Lunatic asylums Central Provinces reports 1895-1909 - 1895-1909
Year: 1895
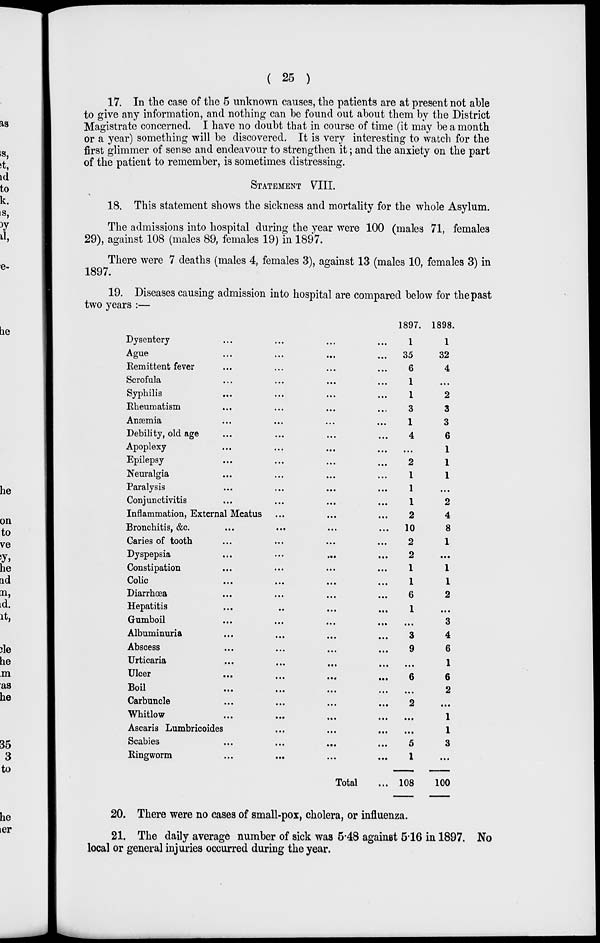
( 25 )
17. In the case of the 5 unknown causes, the patients are at present not able
to give any information, and nothing can be found out about them by the District
Magistrate concerned. I have no doubt that in course of time (it may be a month
or a year) something will be discovered. It is very interesting to watch for the
first glimmer of sense and endeavour to strengthen it; and the anxiety on the part
of the patient to remember, is sometimes distressing.
STATEMENT VIII.
18. This statement shows the sickness and mortality for the whole Asylum.
The admissions into hospital during the year were 100 (males 71, females
29), against 108 (males 89, females 19) in 1897.
There were 7 deaths (males 4, females 3), against 13 (males 10, females 3) in
1897.
19. Diseases causing admission into hospital are compared below for the past
two years :—
Dysentery ... ... ... ...
Ague ... ... ... ...
Remittent fever ... ... ... ...
Scrofula ... ... ... ...
Syphilis ... ... ... ...
Rheumatism ... ... ... ...
Anæmia ... ... ... ...
Debility, old age ... ... ... ...
Apoplexy ... ... ... ...
Epilepsy ... ... ... ...
Neuralgia ... ... ... ...
Paralysis
...
...
...
...
Conjunctivitis ... ... ... ...
Inflammation, External Meatus ... ... ... ...
Bronchitis, &c.
...
...
...
...
Caries of tooth
...
...
...
...
Dyspepsia
...
...
...
...
Constipation ... ... ... ...
Colic ... ... ... ...
Diarrhœa ... ... ... ...
Hepatitis ... ... ... ...
Gumboil ... ... ... ...
Albuminuria ... ... ... ...
Abscess ... ... ... ...
Urticaria ... ... ... ...
Ulcer ... ... ... ...
Boil ... ... ... ...
Carbuncle ... ... ... ...
Whitlow ... ... ... ...
Ascaris Lumbricoides ... ... ... ...
Scabies ... ... ... ...
Ringworm
...
...
... ...
Total ...
1897.
1
35
6
1
1
3
1
4
...
2
1
1
1
2
10
2
2
1
1
6
1
...
3
9
...
6
...
2
...
...
5
1
108
1898.
1
32
4
...
2
3
3
6
1
1
1
...
2
4
8
1
...
1
1
2
...
3
4
6
1
6
2
...
1
1
3
...
100
20. There were no cases of small-pox, cholera, or influenza.
21. The daily average number of sick was 5.48 against 5.16 in 1897. No
local or general injuries occurred during the year.